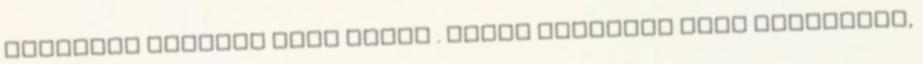
kevesebb majonéz kell hozzá . Egész délelőtt azon kínlódtam,